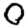
Digit: 0